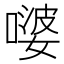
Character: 嘙